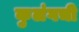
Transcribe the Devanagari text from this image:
कुलंगची